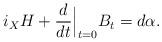
LaTeX: \begin{align*} i_XH+\frac{d}{dt}\Big|_{t=0}B_t=d\alpha .\end{align*}